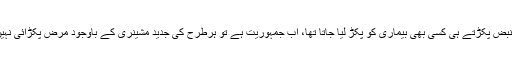
پہلے نبض پکڑتے ہی کسی بھی بیماری کو پکڑ لیا جاتا تھا، اب جمہوریت ہے تو ہرطرح کی جدید مشینری کے باوجود مرض پکڑائی نہیں دیتا۔